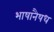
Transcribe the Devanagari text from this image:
भाषानैषध